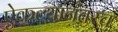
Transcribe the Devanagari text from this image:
ऐकल्यानंतरच